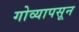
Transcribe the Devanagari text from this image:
गोव्यापसून